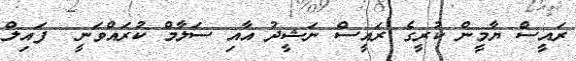
ރައީސް ޔާމީން ކުރީގެ ރައީސް ނަޝީދު އާއި ސަލާމް ކުރައްވަނީ  ފައިލް